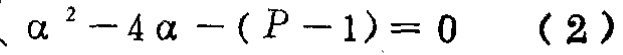
\(\alpha^{2}-4\alpha-(P - 1)=0\quad(2)\)